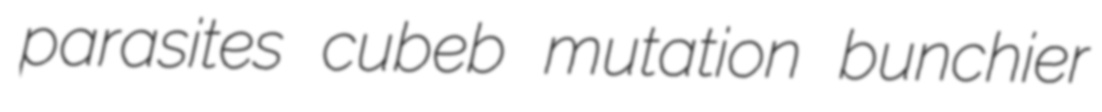
parasites cubeb mutation bunchier